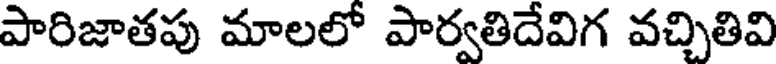
పారిజాతపు మాలలో పార్వతిదేవిగ వచ్చితివి